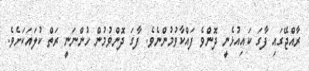
ރާއްޖޭގައި ފާގަ ކައިއުޅެނީ ދޮންވެ ފައްކާވުމުންނެވެ. ފާގަ ދޮންވުމުން ހުންނަނީ ރަތް ކުލައަކަށެވެ.